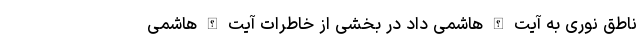
ناطق نوری به آیت الله هاشمی داد در بخشی از خاطرات آیت الله هاشمی